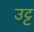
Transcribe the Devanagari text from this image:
उट्ट